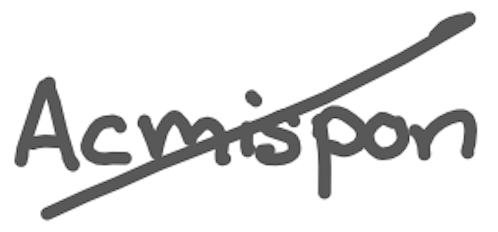
Text: Acmispon
Cross-out: mix
Writing tool: digital_gray